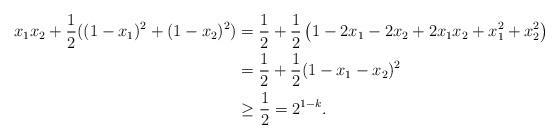
LaTeX: \begin{align*}x_1 x_2+ \frac12 ({(1-x_1)^2+(1-x_2)^2})&=\frac 12+ \frac 12\left( 1-2x_1-2 x_2+2x_1 x_2+x_1^2+x_2^2 \right) \\&=\frac 12 + \frac{1}{2}(1-x_1-x_2)^2 \\& \geq \frac 12=2^{1-k}.\end{align*}